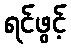
ရင်ဖွင့်